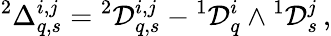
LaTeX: {}^{2}\Delta_{q,s}^{i,j}={}^{2}\mathcal{D}_{q,s}^{i,j}-{}^{1}\mathcal{D}_{q}^{i}\wedge{}^{1}\mathcal{D}_{s}^{j}\, ,